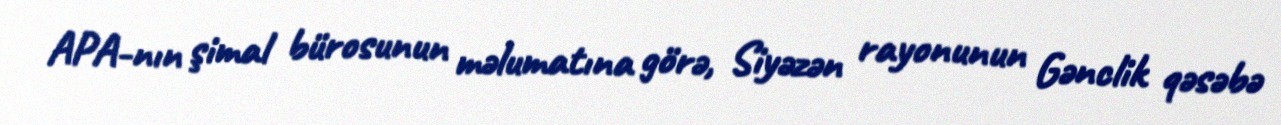
APA-nın şimal bürosunun məlumatına görə, Siyəzən rayonunun Gənclik qəsəbə